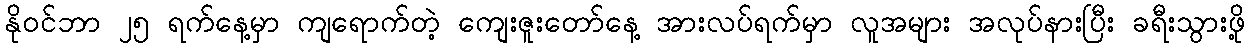
နိုဝင်ဘာ ၂၅ ရက်နေ့မှာ ကျရောက်တဲ့ ကျေးဇူးတော်နေ့ အားလပ်ရက်မှာ လူအများ အလုပ်နားပြီး ခရီးသွားဖို့